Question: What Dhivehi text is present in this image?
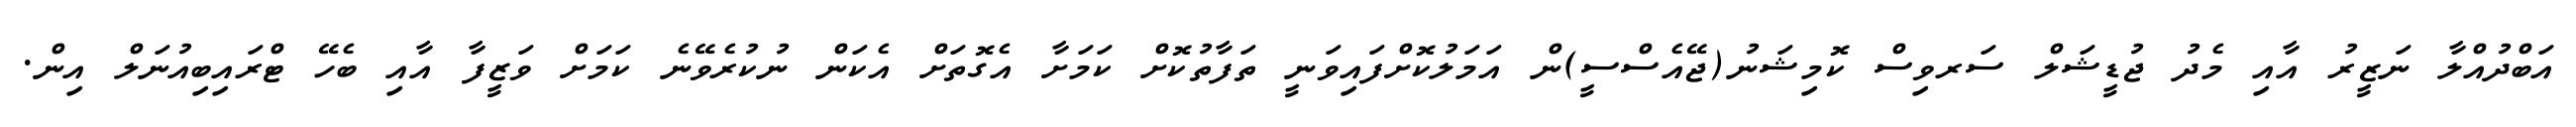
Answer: އަބްދުއްލާ ނަޒީރު އާއި މެދު ޖުޑީޝަލް ސަރވިސް ކޮމިޝަނު(ޖޭއެސްސީ)ން އަމަލުކޮށްފައިވަނީ ތަފާތުކޮށް ކަމަށާ އެގޮތަށް އެކަން ނުކުރެވޭނެ ކަމަށް ވަޒީފާ އާއި ބެހޭ ޓްރައިބިއުނަލް އިން.